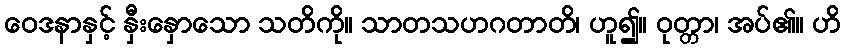
ဝေဒနာနှင့် နှီးနှောသော သတိကို။ သာတသဟဂတာတိ၊ ဟူ၍။ ဝုတ္တာ၊ အပ်၏။ ဟိ